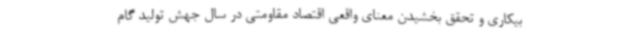
بیکاری و تحقق بخشیدن معنای واقعی اقتصاد مقاومتی در سال جهش تولید گام